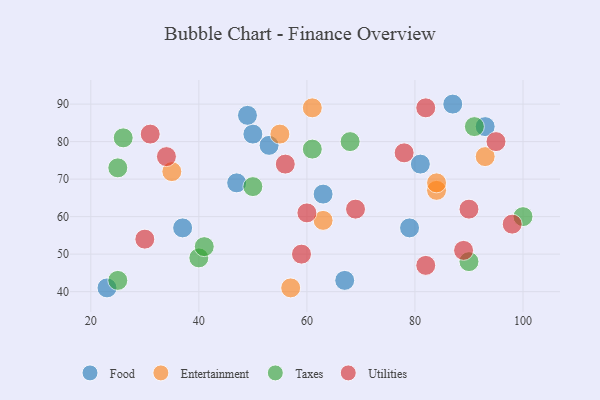
{"axis": {"x": "GDP", "y": "Life Expectancy"}, "legend": ["Entertainment", "Food", "Taxes", "Utilities"], "data": [{"x": "63", "y": 66, "type": "Food"}, {"x": "81", "y": 74, "type": "Food"}, {"x": "79", "y": 57, "type": "Food"}, {"x": "23", "y": 41, "type": "Food"}, {"x": "50", "y": 82, "type": "Food"}, {"x": "37", "y": 57, "type": "Food"}, {"x": "49", "y": 87, "type": "Food"}, {"x": "47", "y": 69, "type": "Food"}, {"x": "87", "y": 90, "type": "Food"}, {"x": "93", "y": 84, "type": "Food"}, {"x": "67", "y": 43, "type": "Food"}, {"x": "53", "y": 79, "type": "Food"}, {"x": "55", "y": 82, "type": "Entertainment"}, {"x": "35", "y": 72, "type": "Entertainment"}, {"x": "84", "y": 67, "type": "Entertainment"}, {"x": "57", "y": 41, "type": "Entertainment"}, {"x": "93", "y": 76, "type": "Entertainment"}, {"x": "63", "y": 59, "type": "Entertainment"}, {"x": "61", "y": 89, "type": "Entertainment"}, {"x": "84", "y": 69, "type": "Entertainment"}, {"x": "91", "y": 84, "type": "Taxes"}, {"x": "25", "y": 73, "type": "Taxes"}, {"x": "25", "y": 43, "type": "Taxes"}, {"x": "90", "y": 48, "type": "Taxes"}, {"x": "50", "y": 68, "type": "Taxes"}, {"x": "61", "y": 78, "type": "Taxes"}, {"x": "26", "y": 81, "type": "Taxes"}, {"x": "100", "y": 60, "type": "Taxes"}, {"x": "40", "y": 49, "type": "Taxes"}, {"x": "68", "y": 80, "type": "Taxes"}, {"x": "41", "y": 52, "type": "Taxes"}, {"x": "82", "y": 47, "type": "Utilities"}, {"x": "95", "y": 80, "type": "Utilities"}, {"x": "90", "y": 62, "type": "Utilities"}, {"x": "69", "y": 62, "type": "Utilities"}, {"x": "78", "y": 77, "type": "Utilities"}, {"x": "34", "y": 76, "type": "Utilities"}, {"x": "60", "y": 61, "type": "Utilities"}, {"x": "98", "y": 58, "type": "Utilities"}, {"x": "89", "y": 51, "type": "Utilities"}, {"x": "31", "y": 82, "type": "Utilities"}, {"x": "30", "y": 54, "type": "Utilities"}, {"x": "82", "y": 89, "type": "Utilities"}, {"x": "56", "y": 74, "type": "Utilities"}, {"x": "59", "y": 50, "type": "Utilities"}]}